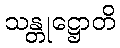
သန္တုဋ္ဌောတိ